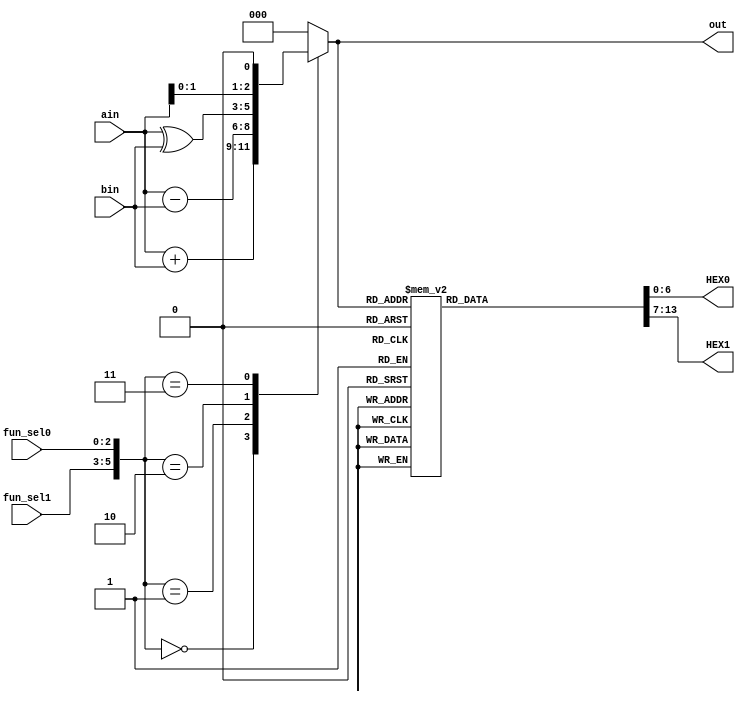
module Alu7seg (
    input [2:0] fun_sel0,
    input [2:0] fun_sel1,
    input [2:0] ain,
    input [2:0] bin,
    output reg [2:0] out,
    output reg [6:0] HEX0,
    output reg [6:0] HEX1
);

    always @*
    begin
        case ({fun_sel1, fun_sel0})
            2'b00: out = ain + bin; // Sum
            2'b01: out = ain - bin; // Subtract
            2'b10: out = ain ^ bin; // Xor
            2'b11: out = {ain[1:0], 1'b0}; // Shifting
            default: out = 3'b0;
        endcase
    end

    always @*
    begin
        case (out)
            3'b000: begin
                HEX0 = 7'b1000000; // 0
                HEX1 = 7'b1000000; // 0
            end
            3'b001: begin
                HEX0 = 7'b1111001; // 1
                HEX1 = 7'b1000000; // 0
            end
            3'b010: begin
                HEX0 = 7'b0100100; // 2
                HEX1 = 7'b1000000; // 0
            end
            3'b011: begin
                HEX0 = 7'b0110000; // 3
                HEX1 = 7'b1000000; // 0
            end
            3'b100: begin
                HEX0 = 7'b0011001; // 4
                HEX1 = 7'b1000000; // 0
            end
            3'b101: begin
                HEX0 = 7'b0010010; // 5
                HEX1 = 7'b1000000; // 0
            end
            3'b110: begin
                HEX0 = 7'b0000010; // 6
                HEX1 = 7'b1000000; // 0
            end
            3'b111: begin
                HEX0 = 7'b1111000; // 7
                HEX1 = 7'b1000000; // 0
            end
            default: begin
                HEX0 = 7'b0000000;
                HEX1 = 7'b0000000;
            end
        endcase
    end

endmodule